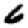
Digit: 6